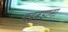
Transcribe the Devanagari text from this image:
बडबडाना